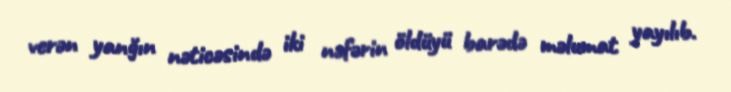
verən yanğın nəticəsində iki nəfərin öldüyü barədə məlumat yayılıb.